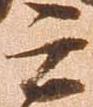
之